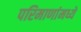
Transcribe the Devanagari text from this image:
परिमाणांमध्ये